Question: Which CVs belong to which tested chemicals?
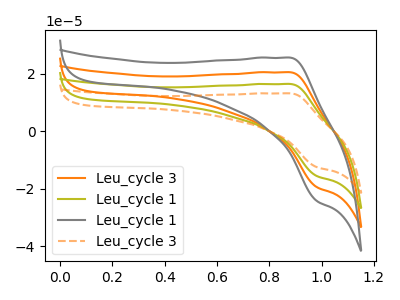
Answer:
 <answer>The orange curve is labeled "Leu_cycle 3". The olive curve is labeled "Leu_cycle 1". The gray curve is labeled "Leu_cycle 1". The orange dashed curve is labeled "Leu_cycle 3".</answer>
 <eval></eval>